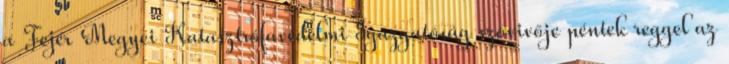
a Fejér Megyei Katasztrófavédelmi Igazgatóság szóvivője péntek reggel az